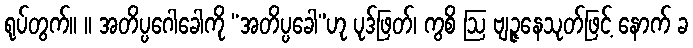
ရုပ်တွက်။ ။ အတိပ္ပဂေါခေါကို “အတိပ္ပခေါ”ဟု ပုဒ်ဖြတ်၊ ကွစိ ဩ ဗျဉ္ဇနေသုတ်ဖြင့် နောက် ခ